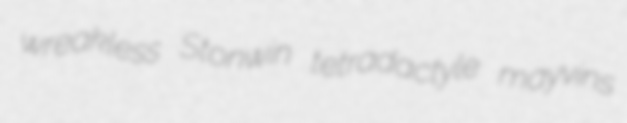
wreakless Stonwin tetradactyle mayvins